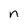
Character: n